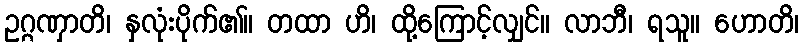
ဥဂ္ဂဏှာတိ၊ နှလုံးပိုက်၏။ တထာ ဟိ၊ ထို့ကြောင့်လျှင်။ လာဘီ၊ ရသူ။ ဟောတိ၊